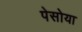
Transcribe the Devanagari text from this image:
पेसोया